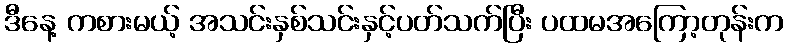
ဒီနေ့ ကစားမယ့် အသင်းနှစ်သင်းနှင့်ပတ်သက်ပြီး ပထမအကြော့တုန်းက